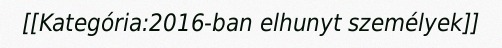
[[Kategória:2016-ban elhunyt személyek]]